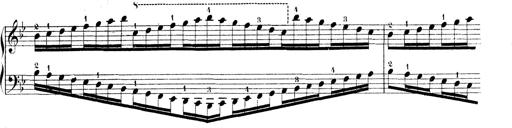
Title: Technische Studien
Composer: Franz Liszt